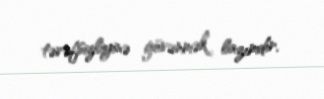
tərəfsizliyinə güvənmək lazımdır.